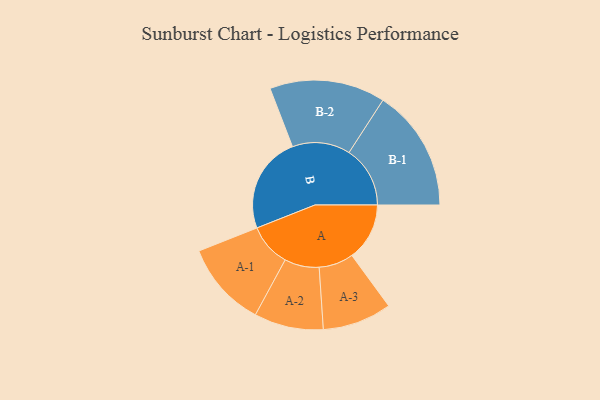
{"axis": {"x": "Segment", "y": "Value"}, "legend": ["", "A", "B"], "data": [{"x": "A", "y": 248, "type": ""}, {"x": "B", "y": 417, "type": ""}, {"x": "A-1", "y": 184, "type": "A"}, {"x": "A-2", "y": 149, "type": "A"}, {"x": "A-3", "y": 149, "type": "A"}, {"x": "B-1", "y": 263, "type": "B"}, {"x": "B-2", "y": 249, "type": "B"}]}